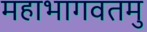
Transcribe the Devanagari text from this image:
महाभागवतमु